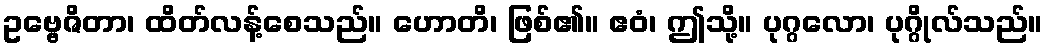
ဥဗ္ဗေဇိတာ၊ ထိတ်လန့်စေသည်။ ဟောတိ၊ ဖြစ်၏။ ဧဝံ၊ ဤသို့။ ပုဂ္ဂလော၊ ပုဂ္ဂိုလ်သည်။